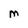
Character: M